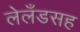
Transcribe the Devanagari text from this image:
लेलँडसह